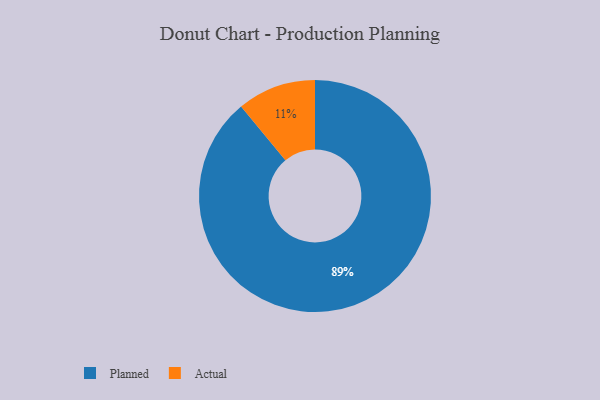
{"axis": {"x": "Category", "y": "Percentage"}, "legend": ["Actual", "Planned"], "data": [{"x": "Actual", "y": 11, "type": "Actual"}, {"x": "Planned", "y": 89, "type": "Planned"}]}